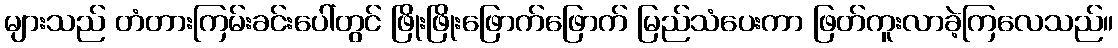
များသည် တံတားကြမ်းခင်းပေါ်တွင် ဖြိုးဖြိုးဖြောက်ဖြောက် မြည်သံပေးကာ ဖြတ်ကူးလာခဲ့ကြလေသည်။